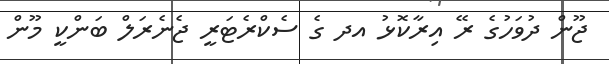
ޖޫން ދުވަހުގެ ރޭ އިރާކޮޅު އދ ގެ ސެކްރެޓަރީ ޖެނެރަލް ބަންކީ މޫން